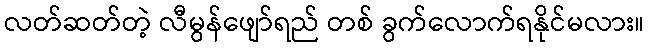
လတ်ဆတ်တဲ့ လီမွန်ဖျော်ရည် တစ် ခွက်လောက်ရနိုင်မလား။